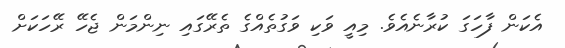
އެކަން ފާހަގަ ކުރާނެއެވެ. މިއީ ވަކި ވަގުތެއްގެ ތެރޭގައި ނިންމަން ޖެހޭ ރޭހަކަށް